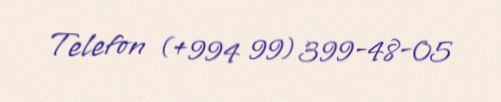
Telefon (+994 99) 399-48-05